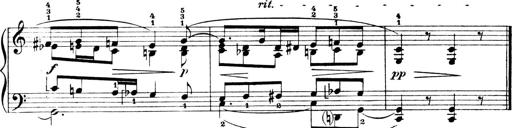
Title: 4 Sonatines
Composer: Max Reger